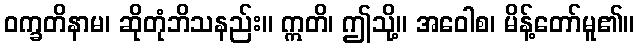
ဝက္ခတိနာမ၊ ဆိုတုံဘိသနည်း။ ဣတိ၊ ဤသို့။ အဝေါစ၊ မိန့်တော်မူ၏။